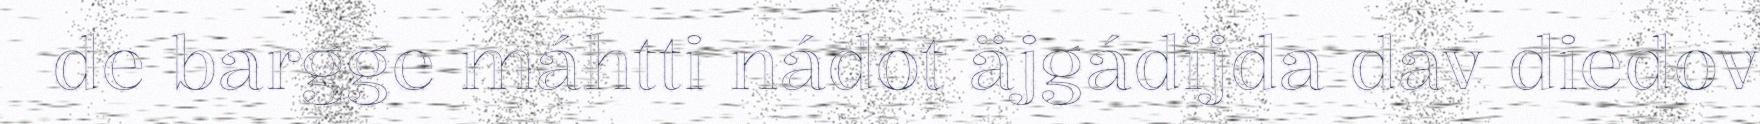
de bargge máhtti nádot äjgádijda dav diedov